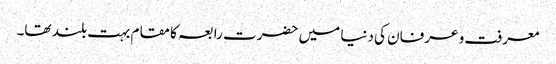
معرفت و عرفان کی دنیا میں حضرت رابعہ کا مقام بہت بلند تھا۔